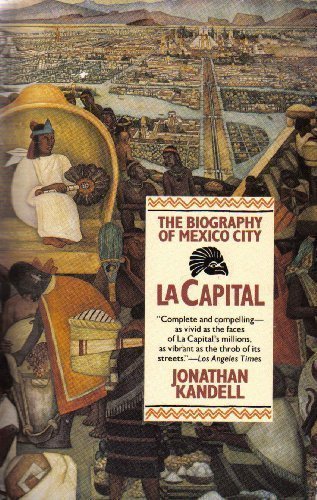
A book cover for La Capital: The Biography of Mexico City; Jonathan Kandell; Travel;